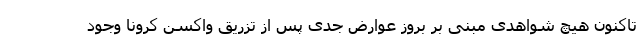
تاکنون هیچ شواهدی مبنی بر بروز عوارض جدی پس از تزریق واکسن کرونا وجود